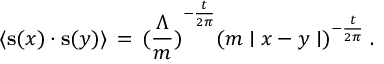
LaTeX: \langle { \bf s } ( x ) \cdot { \bf s } ( y ) \rangle \, = \, { ( \frac { \Lambda } { m } ) } ^ { - \frac { t } { 2 \pi } } { ( m \mid x - y \mid ) } ^ { - \frac { t } { 2 \pi } } \; .